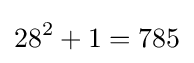
28^{2}+1=785